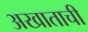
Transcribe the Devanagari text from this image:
अखाताची